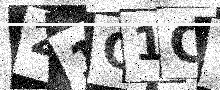
Text: 21G1CW